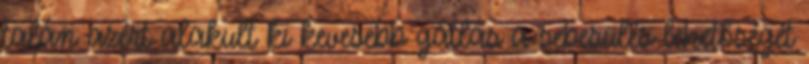
talán azért alakult ki kevesebb gátlás a sebesülés lehetőségét